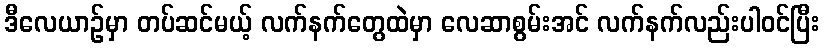
ဒီလေယာဉ်မှာ တပ်ဆင်မယ့် လက်နက်တွေထဲမှာ လေဆာစွမ်းအင် လက်နက်လည်းပါဝင်ပြီး